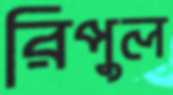
রিপুল